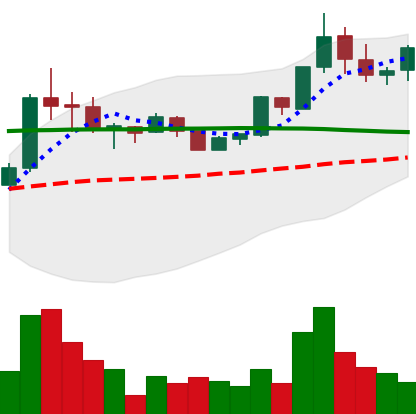
Ticker: BTC-USD
Chart end date: 2015-07-04
Forward return: 3.198%
Label: up_3_5